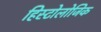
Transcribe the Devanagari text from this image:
हिस्टोलोजिक